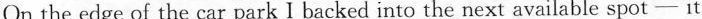
On the edge of the car park I backed into the next available spot—it